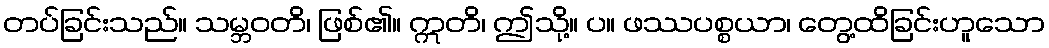
တပ်ခြင်းသည်။ သမ္ဘဝတိ၊ ဖြစ်၏။ ဣတိ၊ ဤသို့။ ပ။ ဖဿပစ္စယာ၊ တွေ့ထိခြင်းဟူသော